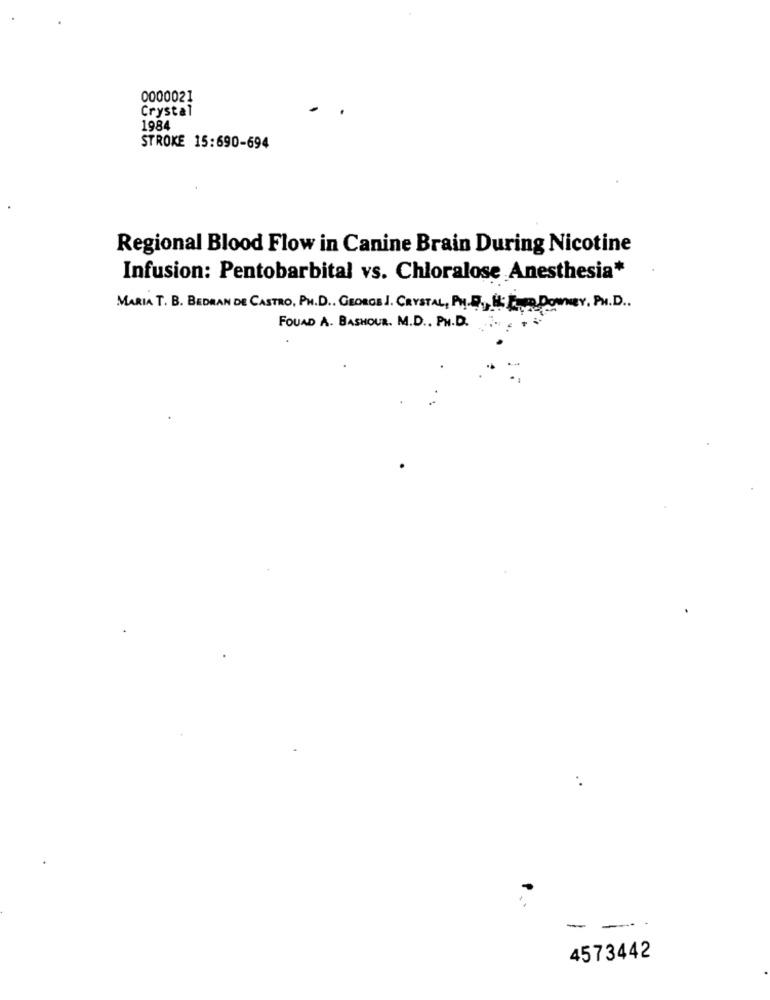
0000021
Crystal
1984
STROKE 15:690-694
Regional Blood Flow in Canine Brain During Nicotine
Infusion: Pentobarbital vs. Chloralose Anesthesia*
MARIA T. B. BEDRAN DE CASTRO, PH.D ., GEORGE J. CRYSTAL, PH.D ., i. E DonnaY, PH.D.
FOUAD A. BASHOUR. M.D ., PH.D.
-
4573442